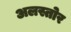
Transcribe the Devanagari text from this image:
अलस्तोर